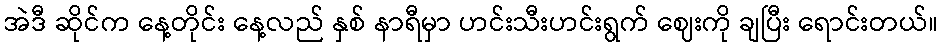
အဲဒီ ဆိုင်က နေ့တိုင်း နေ့လည် နှစ် နာရီမှာ ဟင်းသီးဟင်းရွက် ဈေးကို ချပြီး ရောင်းတယ်။